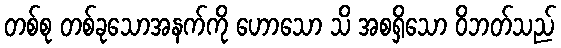
တစ်စု တစ်ခုသောအနက်ကို ဟောသော သိ အစရှိသော ဝိဘတ်သည်